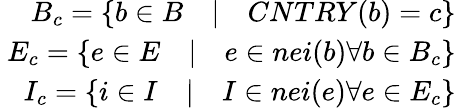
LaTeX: \begin{array}{r}{B_{c}=\{ b\in B\quad|\quad CNTRY(b)=c\} }\\ {\ E_{c}=\{ e\in E\quad|\quad e\in nei(b)\forall b\in B_{c}\} }\\ {\ I_{c}=\{ i\in I\quad|\quad I\in nei(e)\forall e\in E_{c}\} }\end{array}